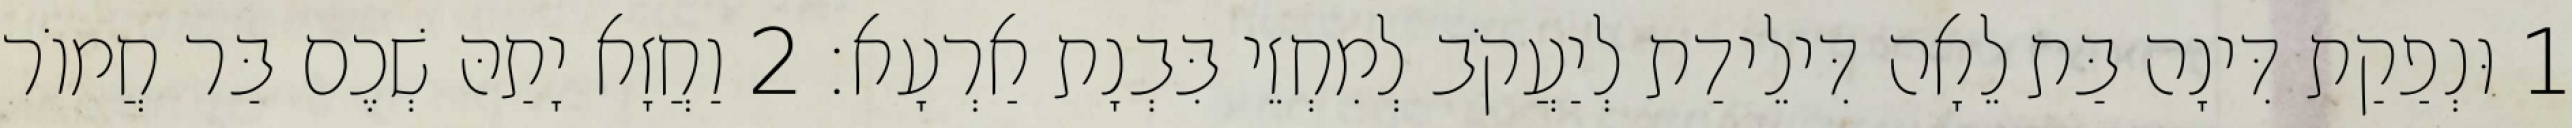
1 וּנְפַקַת דִּינָה בַּת לֵאָה דִּילֵידַת לְיַעֲקֹב לְמִחְזֵי בִּבְנָת אַרְעָא׃ 2 וַחֲזָא יָתַהּ שְׁכֶם בַּר חֲמוֹר